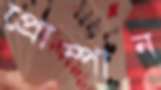
প্রোম্পান